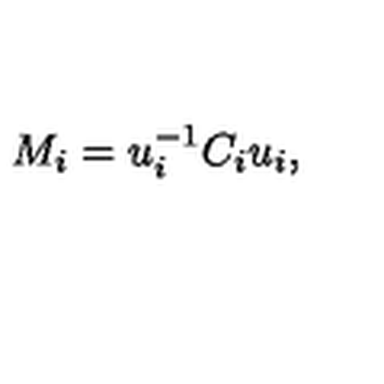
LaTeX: M _ { i } = u _ { i } ^ { - 1 } C _ { i } u _ { i } ,